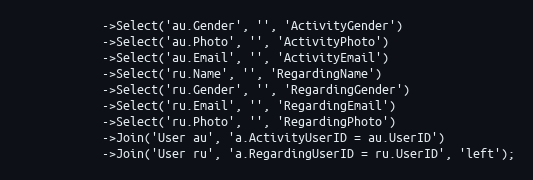
Language: PHP
            ->Select('au.Gender', '', 'ActivityGender')
            ->Select('au.Photo', '', 'ActivityPhoto')
            ->Select('au.Email', '', 'ActivityEmail')
            ->Select('ru.Name', '', 'RegardingName')
            ->Select('ru.Gender', '', 'RegardingGender')
            ->Select('ru.Email', '', 'RegardingEmail')
            ->Select('ru.Photo', '', 'RegardingPhoto')
            ->Join('User au', 'a.ActivityUserID = au.UserID')
            ->Join('User ru', 'a.RegardingUserID = ru.UserID', 'left');